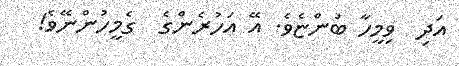
އަދި  ވިމީހާ ބުންޏެވެ. އޭ އަހުރެންގެ  ގެމީހުންނޭވެ!